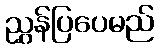
ညွှန်ပြပေမည်